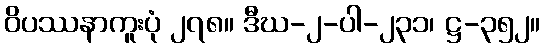
ဝိပဿနာကူးပုံ ၂၇၈။ ဒီဃ-၂-ပါ-၂၃၁၊ ဋ္ဌ-၃၅၂။